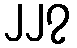
၂၂၇